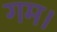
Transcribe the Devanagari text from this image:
गम।